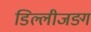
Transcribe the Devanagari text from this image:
डिल्लीजङ्ग